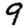
Digit: 9